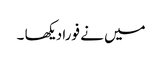
میں نے فورا دیکھا ۔